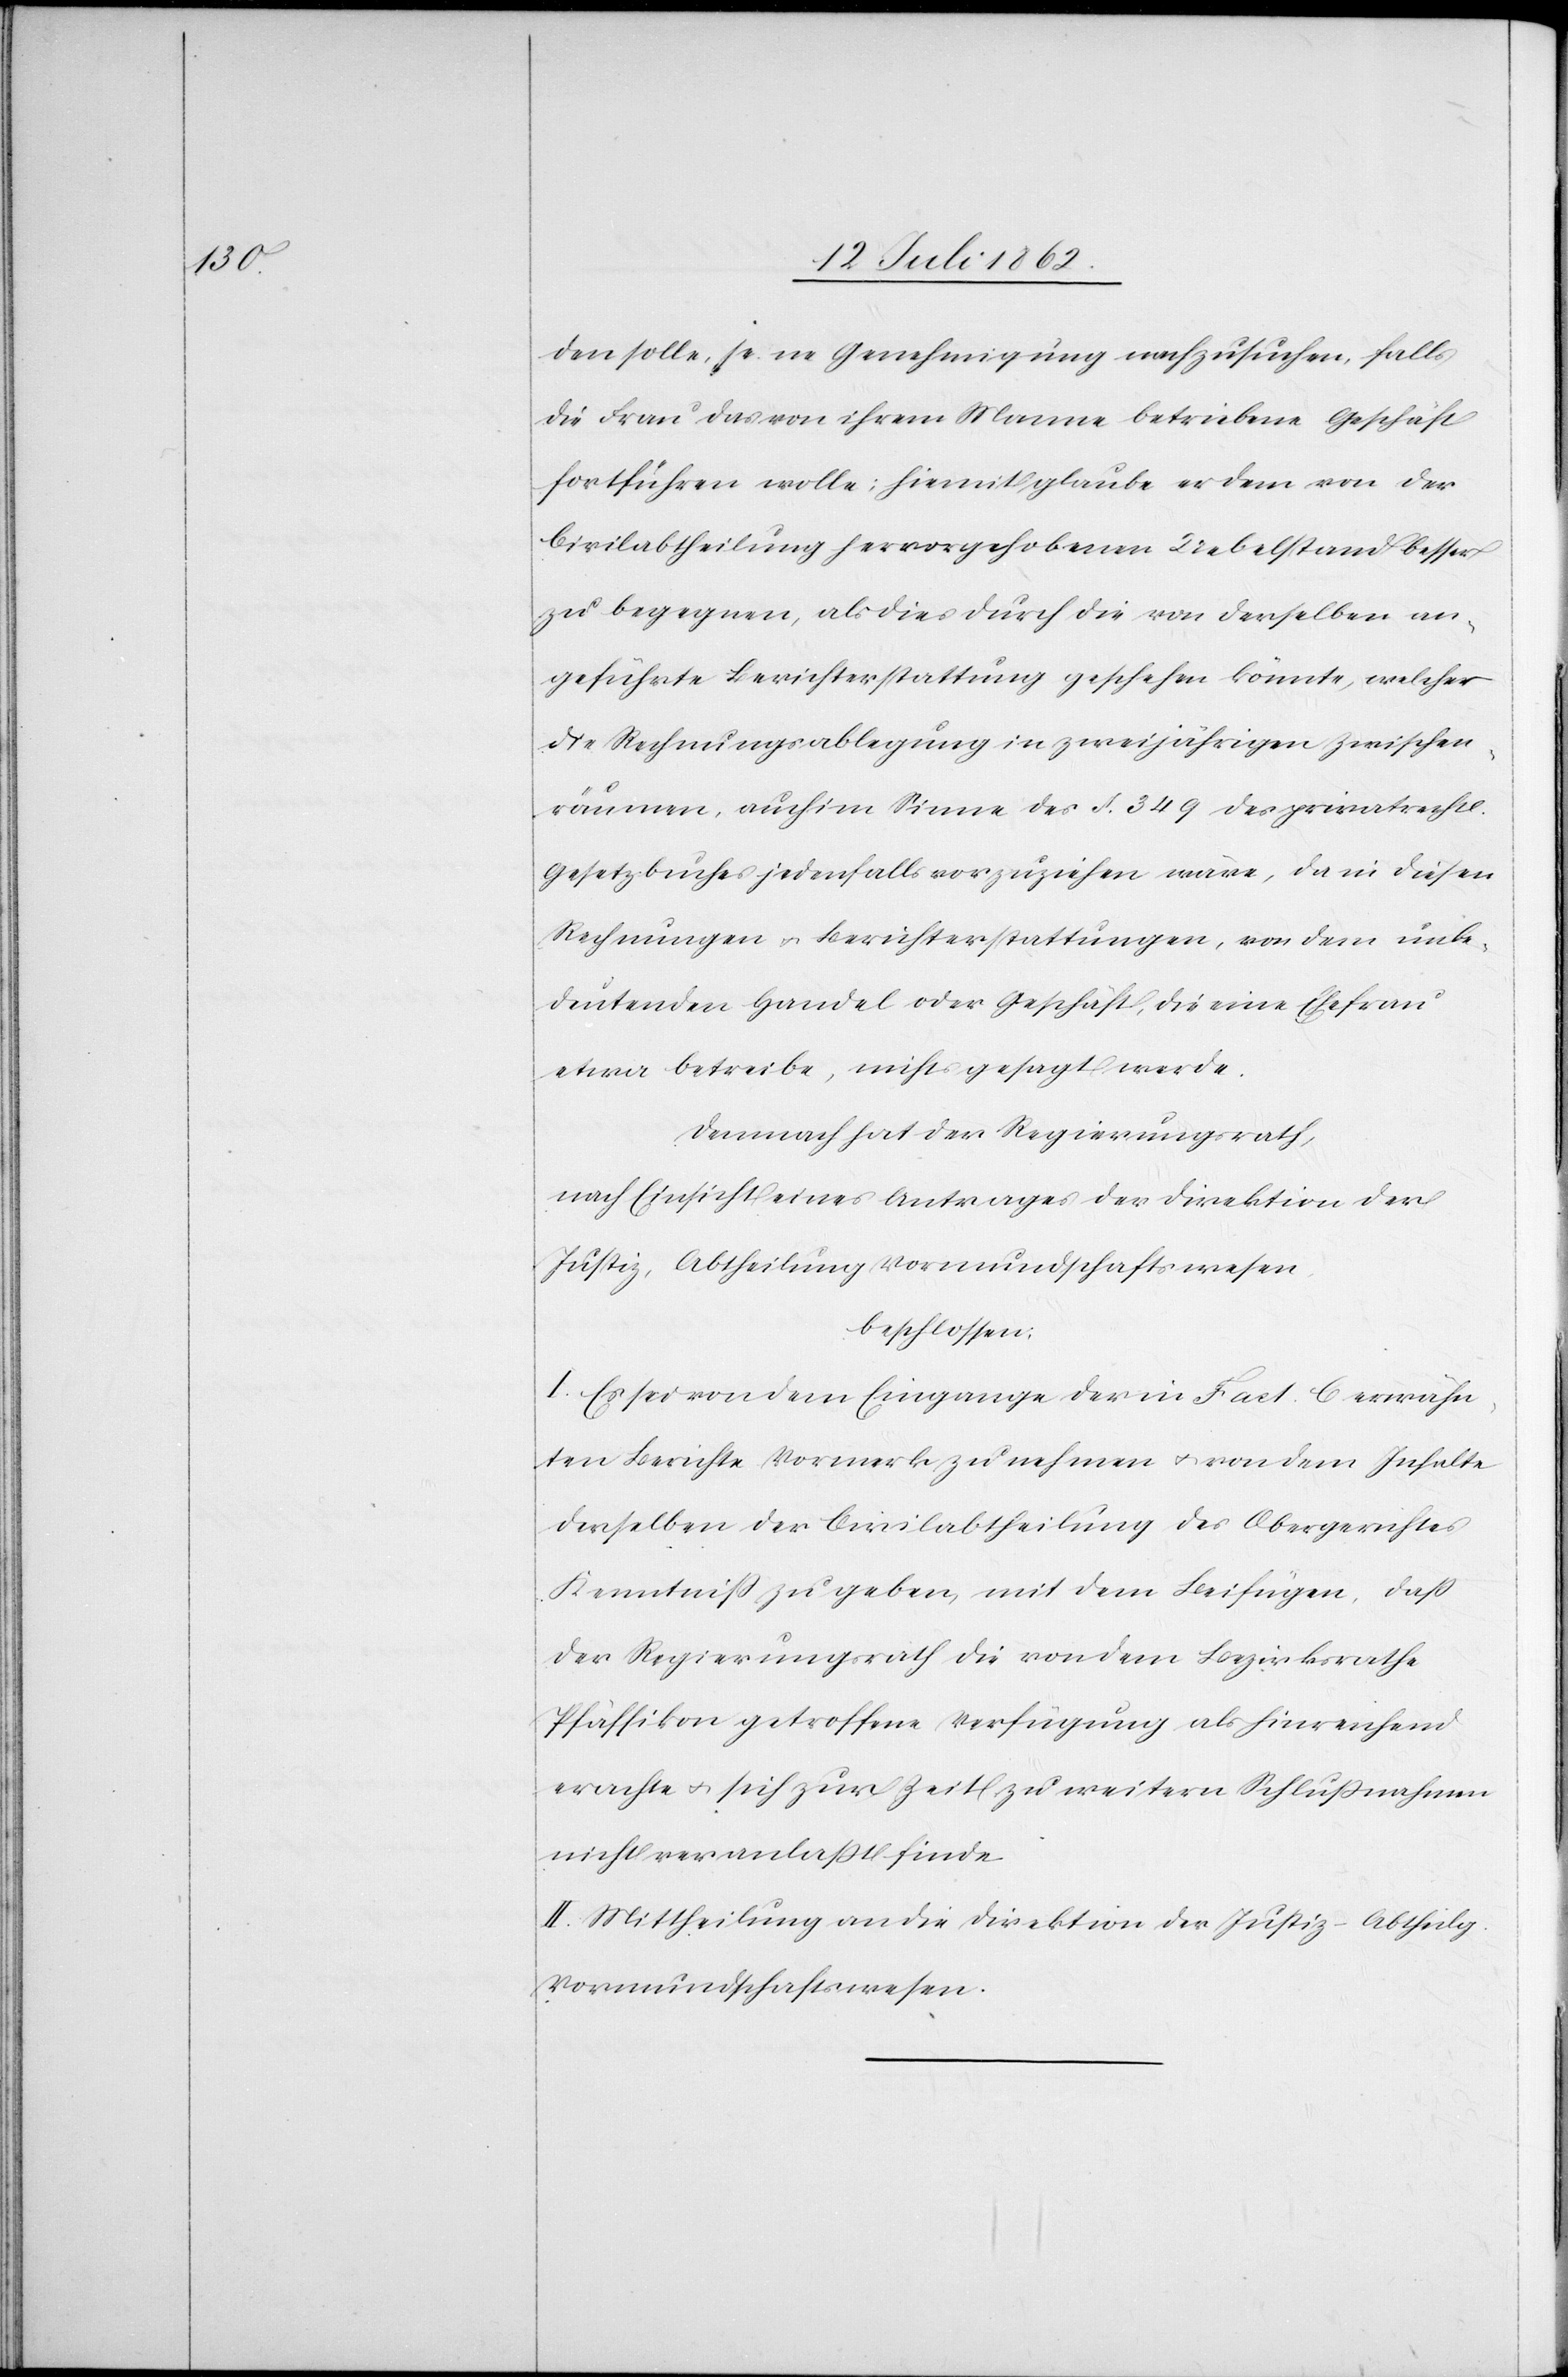
den solle, jene Genehmigung nachzusuchen, falls
die Frau das von ihrem Manne betriebene Geschäft
fortführen wolle; hiemit glaube er dem von der
Civilabtheilung hervorgehobenen Uebelstand besser
zu begegnen, als dies durch die von derselben an¬
geführte Berichterstattung geschehen könnte, welcher
die Rechnungsablegung in zweijährigen Zwischen¬
räumen, auch im Sinne des § 349 des privatrechtl.
Gesetzbuches jedenfalls vorzuziehen wäre, da in diesen
Rechnungen u. Berichterstattungen, von dem unbe¬
deutenden Handel oder Geschäft, die eine Ehefrau
etwa betreibe, nicht gesagt werde.
Demnach hat der Regierungsrath,
nach Einsicht eines Antrages der Direktion der
Justiz, Abtheilung Vormundschaftswesen
beschlossen:
I. Es sei von dem Eingange der in Fact. C erwähn¬
ten Berichte Vormerk zu nehmen u. von dem Inhalte
derselben der Civilabtheilung des Obergerichtes
Kenntniß zu geben, mit dem Beifügen, daß
der Regierungsrath die von dem Bezirksrathe
Pfäffikon getroffene Verfügung als hinreichend
erachte u. sich zur Zeit zu weitern Schlußnahmen
nicht veranlaßt finde.
II. Mittheilung an die Direktion der Justiz – Abtheilg.
Vormundschaftswesen.